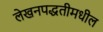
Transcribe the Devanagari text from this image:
लेखनपद्धतीमधील